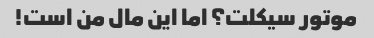
موتور سیکلت؟ اما این مال من است!